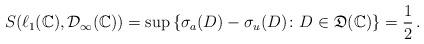
LaTeX: \begin{align*}S(\ell_{1}(\mathbb{C}), \mathcal{D}_{\infty}(\mathbb{C})) = \sup{\{ \sigma_{a}(D) - \sigma_{u}(D) \colon D \in \mathfrak{D}(\mathbb{C})\}} = \frac{1}{2} \,. \end{align*}